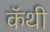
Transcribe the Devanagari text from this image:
कॅथी